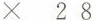
\times 28